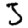
Digit: 3